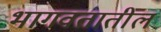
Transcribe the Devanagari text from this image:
भागवतातील